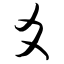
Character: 爻